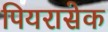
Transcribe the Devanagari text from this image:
पियरासेक